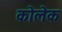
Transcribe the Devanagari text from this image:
कोलेक